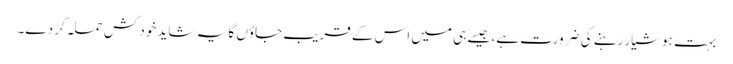
بہت ہوشیار رہنے کی ضرورت ہے، جیسے ہی میں اس کے قریب جاؤں گا یہ شاید خود کش حملہ کر دے۔